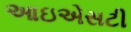
આઇએસટી